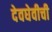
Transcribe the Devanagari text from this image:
देवघेवीची